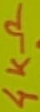
Text: 4KΩ